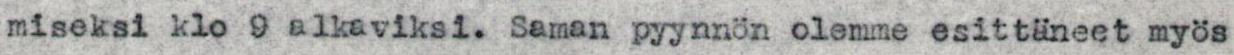
miseksi klo 9 alkaviksi. Saman pyynnön olemme esittäneet myös